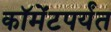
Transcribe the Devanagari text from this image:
कॉमेंटपर्यंत